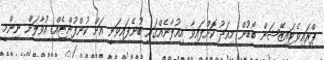
ޕްރައިވެޓައިޒޭޝަން ބޯޑުން މިއަދު ކޮށްފައިވާ އިއުލާނެއްގައި ބުނެފައިވަނީ އަށް ކުންފުންޏެއް އުވާލަން ނިންމީ